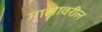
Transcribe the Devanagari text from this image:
गालावरील